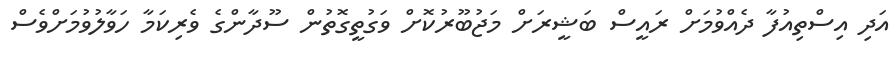
އަދި އިސްތިއުފާ ދެއްވުމަށް ރައީސް ބަޝީރަށް މަޖުބޫރުކޮށް ވަގުތީގޮތުން ސޫދާންގެ ވެރިކަމާ ހަވާލުވުމަށްވެސް